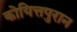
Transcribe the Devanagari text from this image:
कोयित्तपुरान